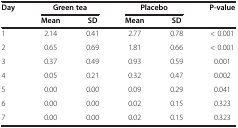
| <ROWSPAN=2> Day | <COLSPAN=2> Green tea | <COLSPAN=2> Placebo | <ROWSPAN=2> P-value |
 | Mean | SD | Mean | SD |
 | --- | --- | --- | --- | --- | --- |
 | 1 | 2.14 | 0.41 | 2.77 | 0.78 | < 0.001 |
 | 2 | 0.65 | 0.69 | 1.81 | 0.66 | < 0.001 |
 | 3 | 0.37 | 0.49 | 0.93 | 0.59 | 0.001 |
 | 4 | 0.05 | 0.21 | 0.32 | 0.47 | 0.002 |
 | 5 | 0.00 | 0.00 | 0.09 | 0.29 | 0.041 |
 | 6 | 0.00 | 0.00 | 0.02 | 0.15 | 0.323 |
 | 7 | 0.00 | 0.00 | 0.02 | 0.15 | 0.323 |